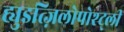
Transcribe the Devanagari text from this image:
ह्युइत्ज़िलोपोश्ट्ली